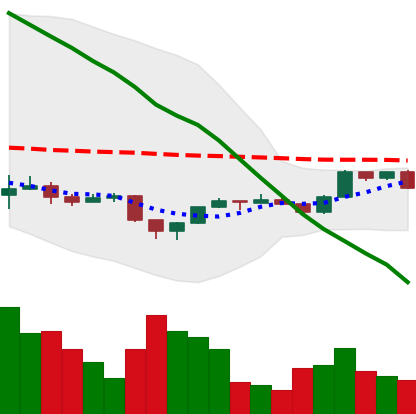
Ticker: ETH-USD
Chart end date: 2022-12-03
Forward return: 3.039%
Label: up_3_5